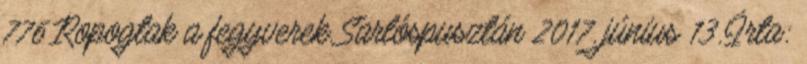
776 Ropogtak a fegyverek Sarlóspusztán 2017. június 13. Írta: